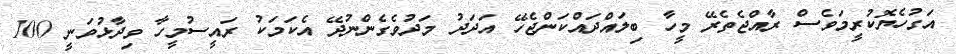
އަގުހެޔޮކުރީމަވެސް ރާއްޖެތެރޭ މީހާ ބިލައްދައްކަންޖެހޭ އަދަދު މަދުވެގެންނުދޭ އެކަމަކު ރައީސުމީހާ ވިދާޅުވަނީ 100